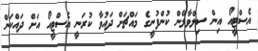
އެސްޓީއޯ އިން ސިލްވާލޭން ކުންފުނީގެ މައްޗަށް ދައުވާ ކުރަނީ އެސްޓީއޯ އަށް ދައްކަން